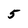
Character: 5